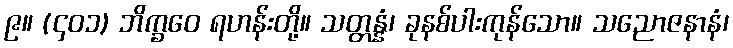
၉။ (၄၀၁) ဘိက္ခဝေ ရဟန်းတို့။ သတ္တန္နံ၊ ခုနစ်ပါးကုန်သော။ သညောဇနာနံ၊